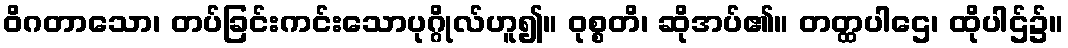
ဝိဂတာသော၊ တပ်ခြင်းကင်းသောပုဂ္ဂိုလ်ဟူ၍။ ဝုစ္စတိ၊ ဆိုအပ်၏။ တတ္ထပါဌေ၊ ထိုပါဌ်၌။